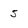
Character: 5